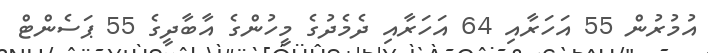
އުމުރުން 55 އަހަރާއި 64 އަހަރާއި ދެމެދުގެ މީހުންގެ އާބާދީގެ 55 ޕަސެންޓް